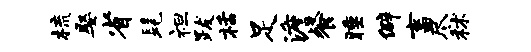
梳娶省髦袒跋栝足澹餐睡僻畜尽秫